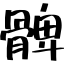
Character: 髀